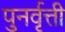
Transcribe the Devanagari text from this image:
पुनर्वृत्ती